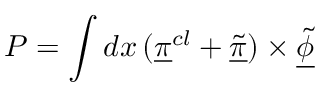
P = \int d x \, ( \underline { { { \pi } } } ^ { c l } + \underline { { { \tilde { \pi } } } } ) \times \underline { { { \tilde { \phi } } } }